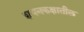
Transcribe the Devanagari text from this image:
शयनकक्षातील